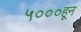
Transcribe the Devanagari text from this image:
५०००हून